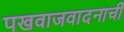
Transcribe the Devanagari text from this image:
पखवाजवादनाची